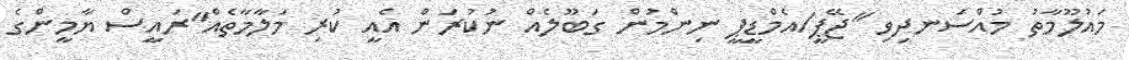
މައުލޫމާތު މުއްސަނދިވި "ޖޭޕީ/އެމްޑީޕީ ނިންމުން ގަބޫލެއް ނުކުރަން އެއީ ކުރި މަލާމާތެއް"ރައީސް ޔާމީންގެ